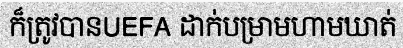
ក៏ត្រូវបានUEFA ដាក់បម្រាមហាមឃាត់